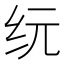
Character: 𰫾